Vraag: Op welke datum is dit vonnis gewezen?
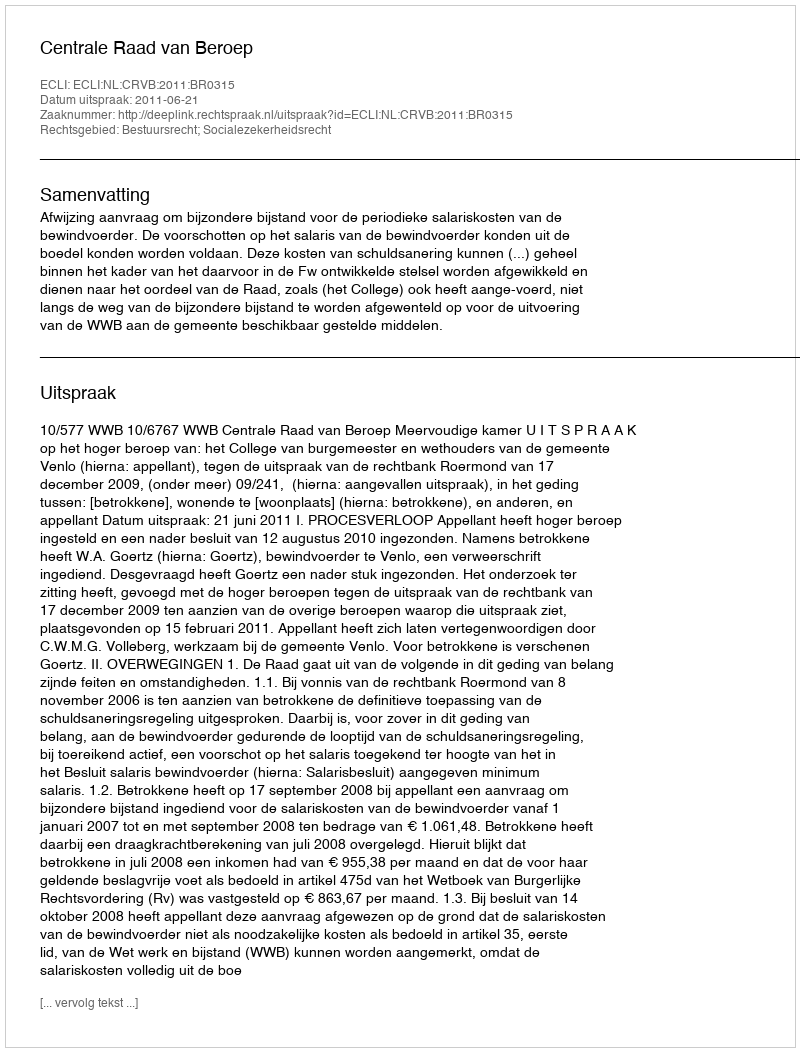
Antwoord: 2011-06-21